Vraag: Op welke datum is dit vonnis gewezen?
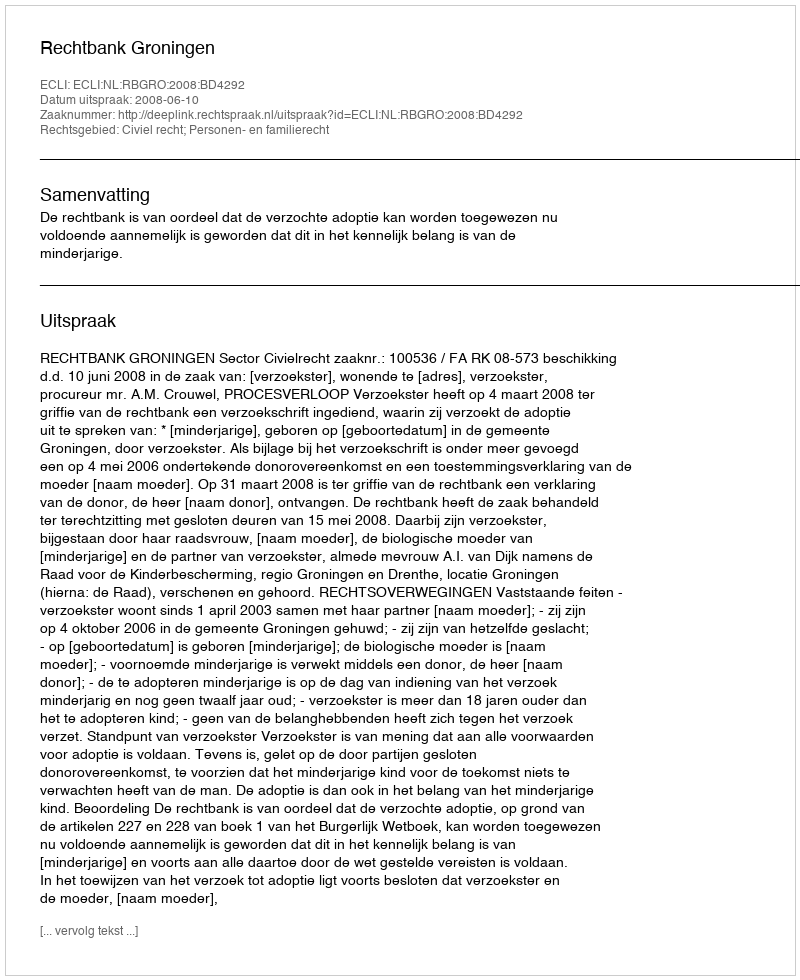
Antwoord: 2008-06-10